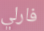
فارلي